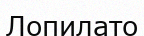
Лопилато